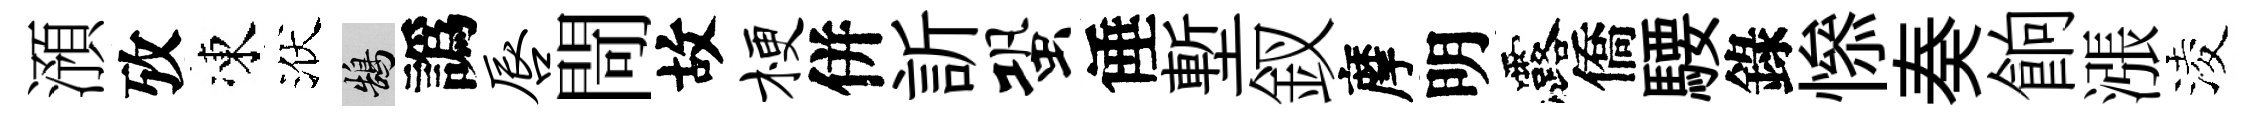
澦攷凍洑鵠譌唇閜故梗併訢蛩倕塹釵摩明露僑騕錄𢡖奏餉漲淩